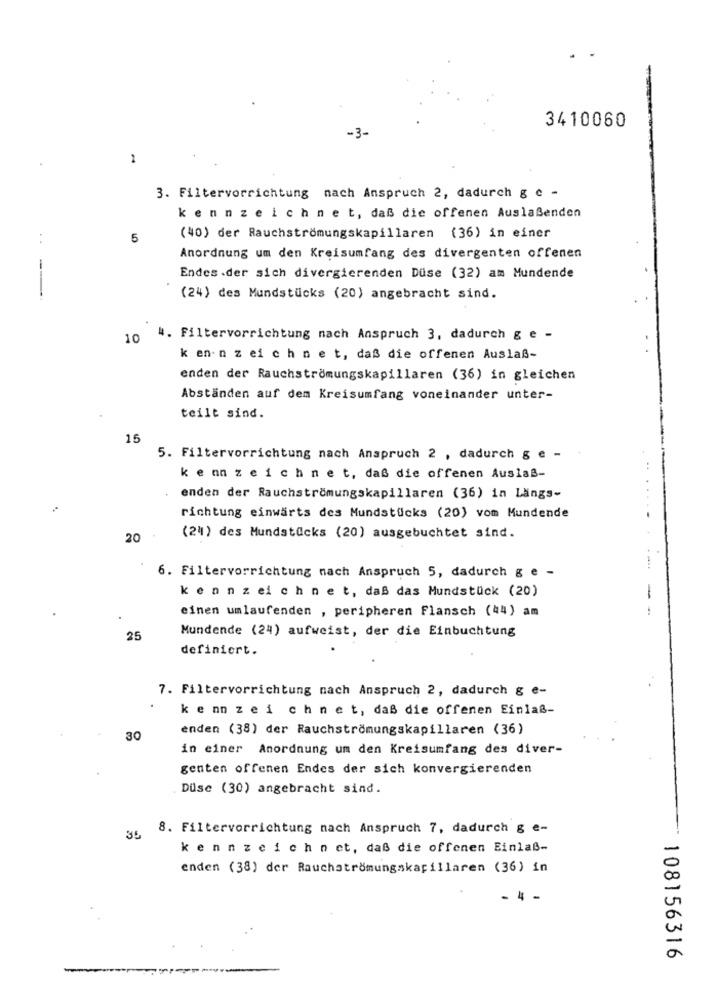
-3-
3410060
1
3. Filtervorrichtung nach Anspruch 2, dadurch g e -
kennzeichnet, daß die offenen Auslaßenden
5
(40) der Rauchströmungskapillaren (36) in einer
Anordnung um den Kreisumfang des divergenten offenen
Endes .der sich divergierenden Düse (32) am Mundende
(24) des Mundstücks (20) angebracht sind.
10
4. Filtervorrichtung nach Anspruch 3, dadurch g e -
k en- n z ei ch net, daß die offenen Auslaß-
enden der Rauchströmungskapillaren (36) in gleichen
Abständen auf dem Kreisumfang voneinander unter-
teilt sind.
15
5. Filtervorrichtung nach Anspruch 2 , dadurch g e -
kenn zeichnet, daß die offenen Auslaß-
enden der Rauchströmungskapillaren (36) in Längs-
richtung einwärts des Mundstücks (20) vom Mundende
20
(24) des Mundstücks (20) ausgebuchtet sind.
6. Filtervorrichtung nach Anspruch 5, dadurch g e -
kennzeichnet, daß das Mundstück (20)
einen umlaufenden , peripheren Flansch (44) am
--
Mundende (24) aufweist, der die Einbuchtung
25
definiert.
7. Filtervorrichtung nach Anspruch 2, dadurch g e-
ke nn zei chnet, daß die offenen Einlaß-
enden (38) der Rauchströmungskapillaren (36)
30
in einer Anordnung um den Kreisumfang des diver-
genten offenen Endes der sich konvergierenden
Düse (30) angebracht sind.
8. Filtervorrichtung nach Anspruch 7, dadurch g e-
35
kennzeichnet, daß die offenen Einlaß-
-
enden (38) der Rauchströmungskapillaren (36) in
. 4 -
a
108156316
-